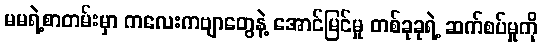
မမရဲ့စာတမ်းမှာ ကလေးကဗျာတွေနဲ့ အောင်မြင်မှု တစ်ခုခုရဲ့ ဆက်စပ်မှုကို